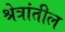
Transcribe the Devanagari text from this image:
श्रेत्रांतील